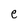
Character: e